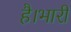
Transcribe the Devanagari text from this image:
है।भारी